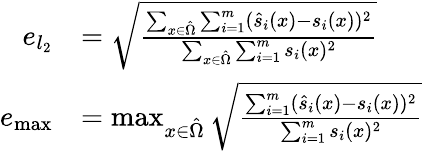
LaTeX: \begin{array}{rl}{e_{l_{2}}}&{=\sqrt{\frac{\sum_{x\in\hat{\Omega}}\sum_{i=1}^{m}(\hat{s}_{i}(x)-s_{i}(x))^{2}}{\sum_{x\in\hat{\Omega}}\sum_{i=1}^{m}s_{i}(x)^{2}}}}\\ {e_{\operatorname*{max}}}&{=\operatorname*{max}_{x\in\hat{\Omega}}\sqrt{\frac{\sum_{i=1}^{m}(\hat{s}_{i}(x)-s_{i}(x))^{2}}{\sum_{i=1}^{m}s_{i}(x)^{2}}}}\end{array}